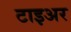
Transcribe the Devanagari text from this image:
टाइअर